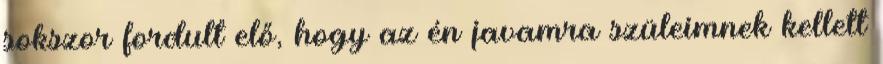
sokszor fordult elő, hogy az én javamra szüleimnek kellett